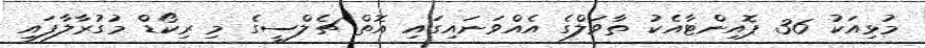
މުޅިއަކު 36 ޕޮއިންޓާއެކު ތާވަލްގެ އެއްވަނައިގައި އޮތް ޗެލްސީގެ މި ރިކޯޑް މުގުރާލާފައި